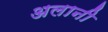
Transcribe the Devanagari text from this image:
अलानी